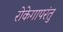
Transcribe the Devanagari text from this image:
रोकेगापरंतु